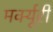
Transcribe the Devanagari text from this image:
मर्क्यूरी